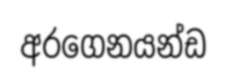
අරගෙනයන්ඩ